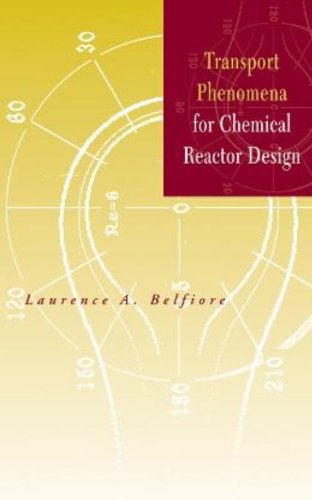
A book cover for Transport Phenomena for Chemical Reactor Design; Laurence A. Belfiore; Science & Math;